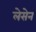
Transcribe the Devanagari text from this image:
लेसेन